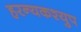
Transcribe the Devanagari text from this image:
हरन्यकश्युप